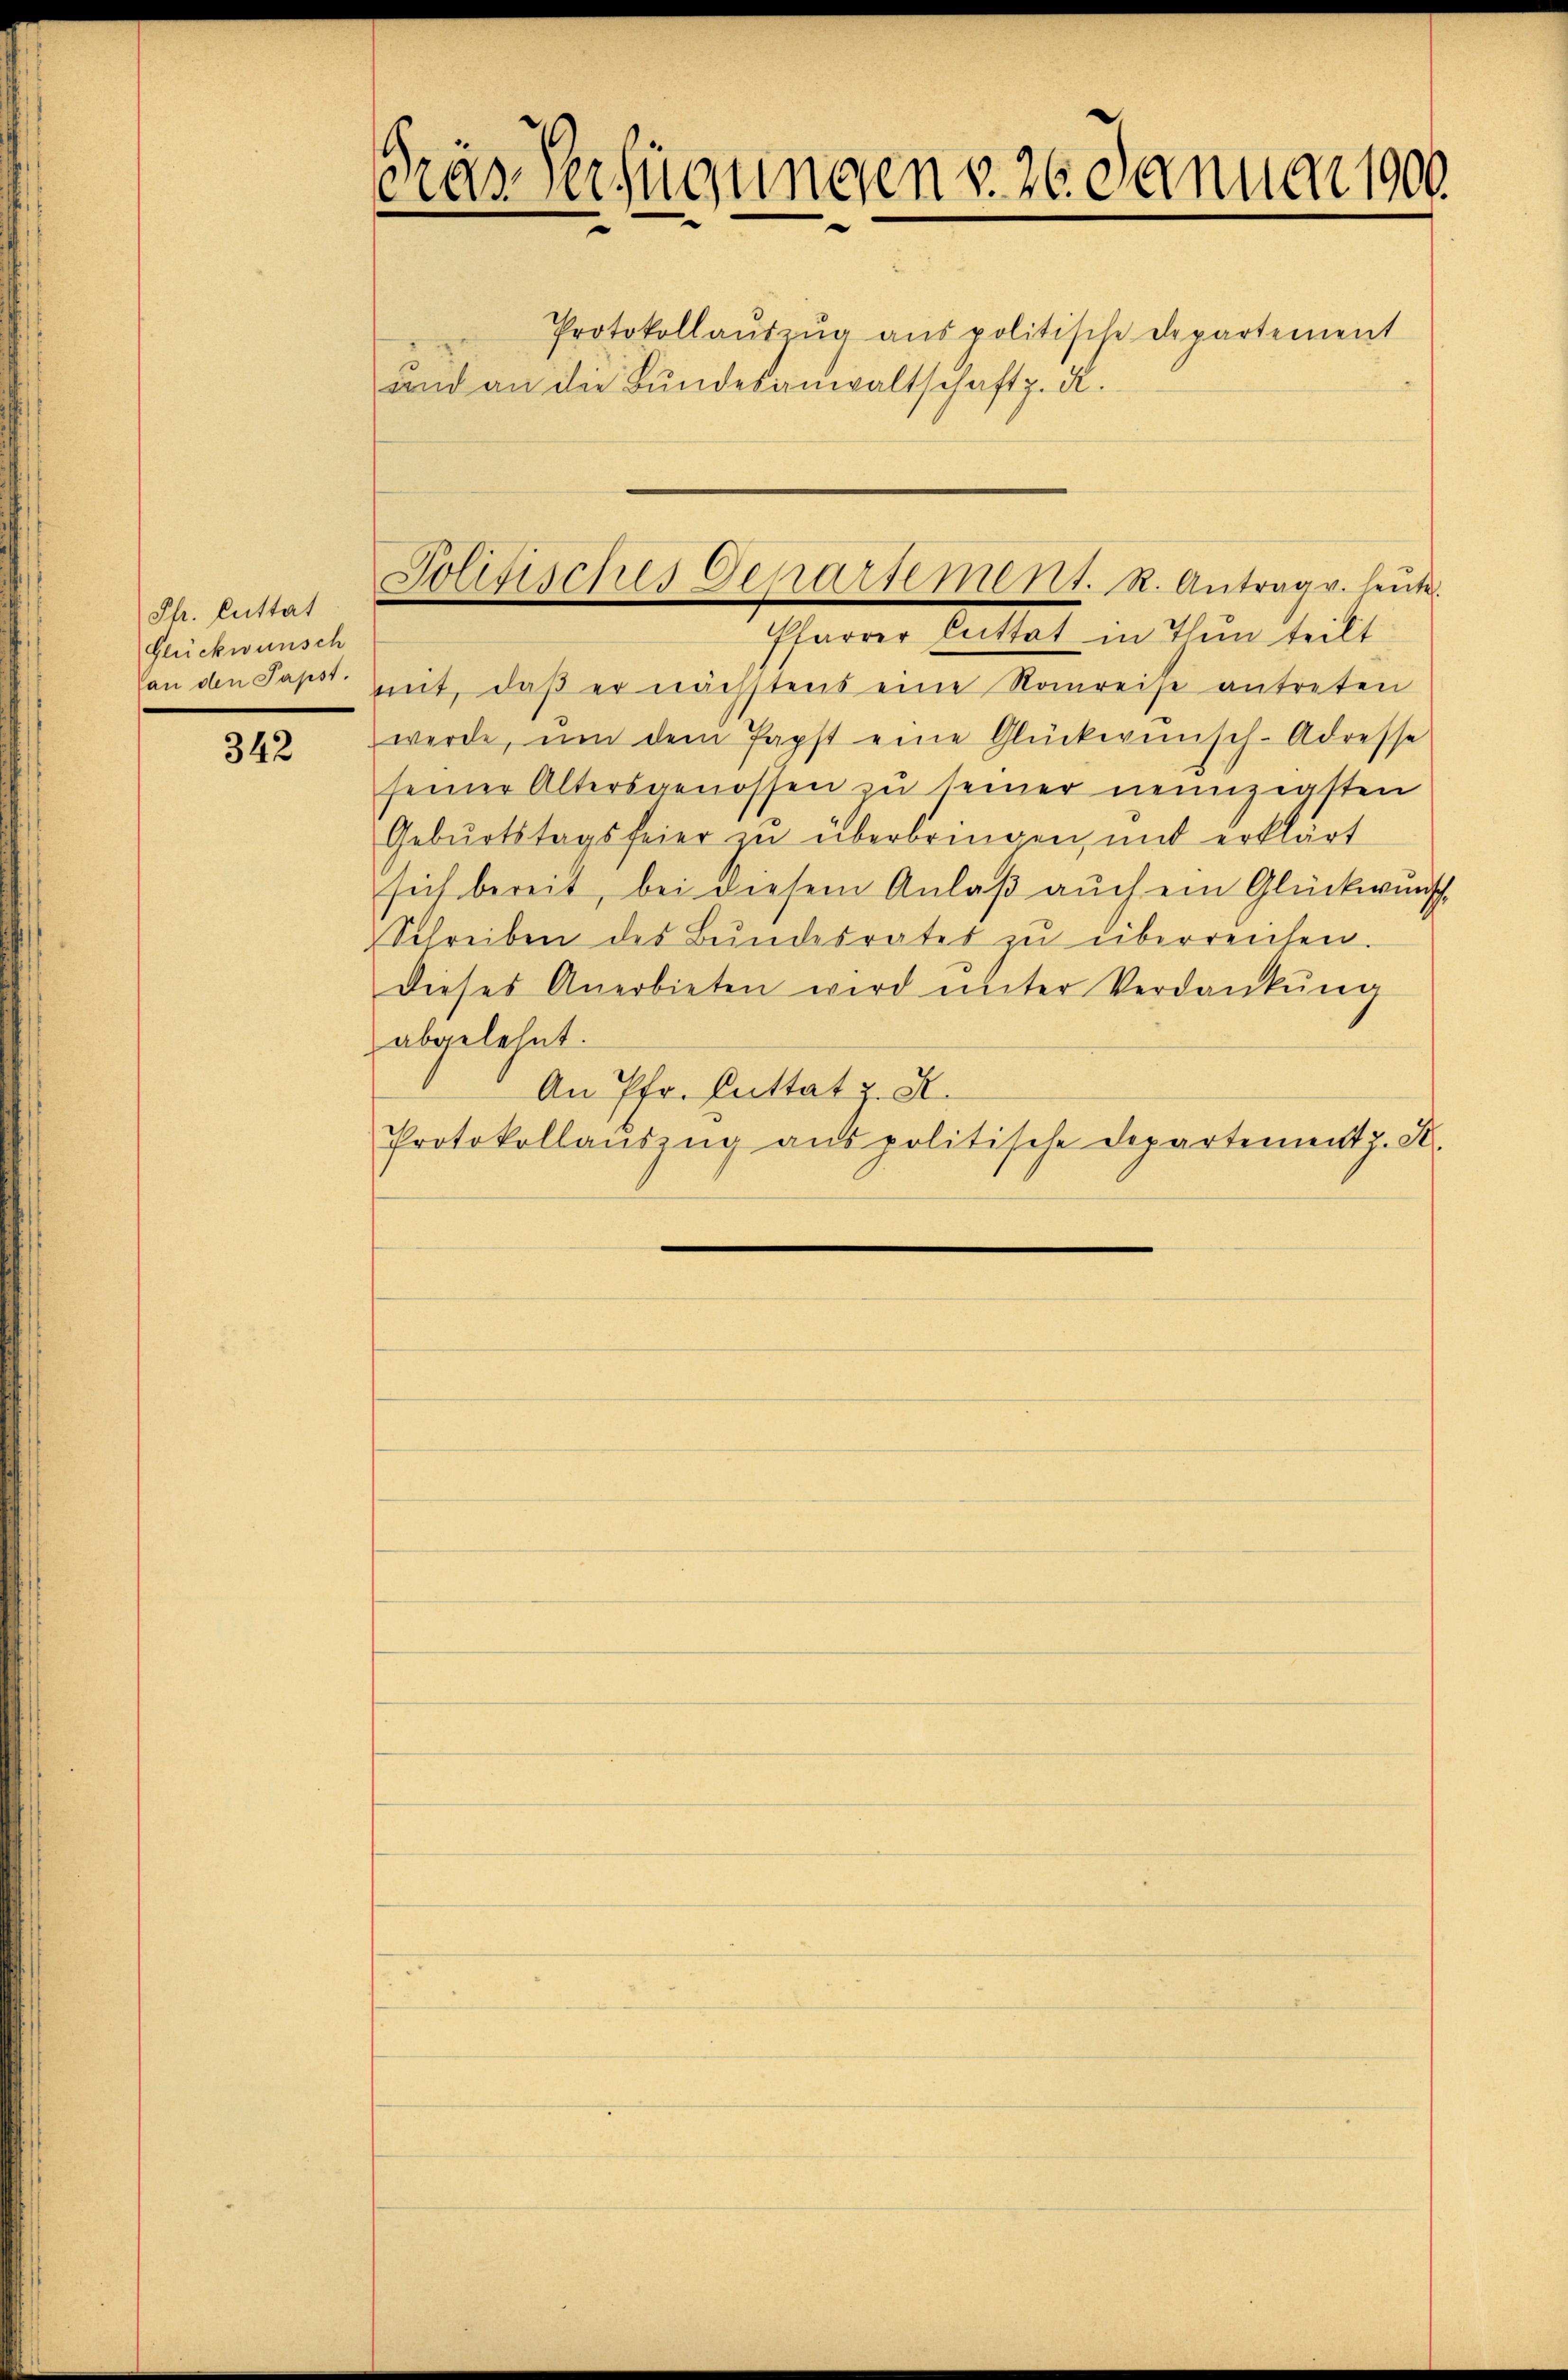
Ph. Luttat
Glückwunsch

342

ras verfügungen v. 26. Januar 1900.
Protokollaŭtzŭg ans politische Departement
und an die Bundesanwaltschaft z. R.

von den Papst mit, daß er nächstens eine Romreise antreten
werde, um dem Papst eine Glückwunsch-Adresse
seiner Altersgenossen zu seiner neunzigsten
Geburtstagsfeier zu überbringen, mit erklärt
sich bereit, bei diesem Anlaß auch ein Glückwunsch
Schreiben des Bundesrates zu überreichen.
dieses Anerbieten wird ŭnter Verdankŭng
abgelehnt.
An Pfr. Cuttatz. S.
Protokollaŭszŭg ans politische Departement z. S.

Jolitisches Departement. R. Antrag v. heute.
Pfarrer Littet in Thun teilt